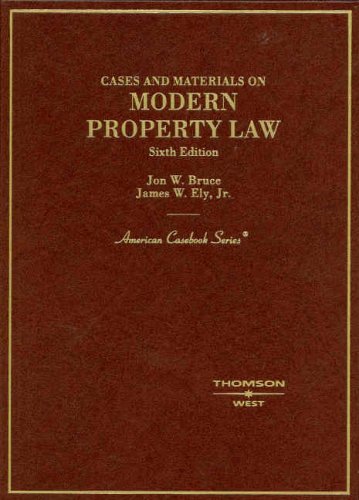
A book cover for Cases and Materials on Modern Property Law (American Casebook Series); Jon Bruce; Law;